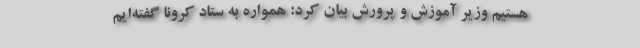
هستیم وزیر آموزش‌ و پرورش بیان کرد: همواره به ستاد کرونا گفته‌ایم